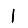
Digit: 1